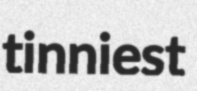
tinniest